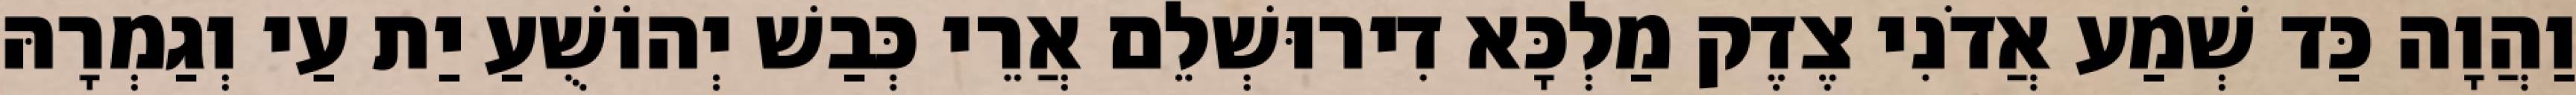
וַהֲוָה כַּד שְׁמַע אֲדֹנִי צֶדֶק מַלְכָּא דִירוּשְׁלֵם אֲרֵי כְּבַשׁ יְהוֹשֻׁעַ יַת עַי וְגַמְרָהּ